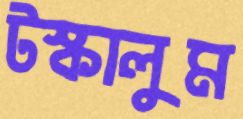
টস্‌কালুম